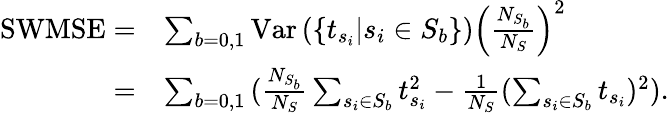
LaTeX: \begin{array}{rl}{\mathrm{SWMSE}=}&{\sum_{b=0,1}{\mathrm{Var}\left(\left\{ t_{s_{i}}\middle|s_{i}\in S_{b}\right\} \right)\left(\frac{N_{S_{b}}}{N_{S}}\right)^{2}}}\\ {=}&{\sum_{b=0,1}{(\frac{N_{S_{b}}}{N_{S}}\sum_{s_{i}\in S_{b}}t_{s_{i}}^{2}-\frac{1}{N_{S}}(\sum_{s_{i}\in S_{b}}t_{s_{i}})^{2})}.}\end{array}